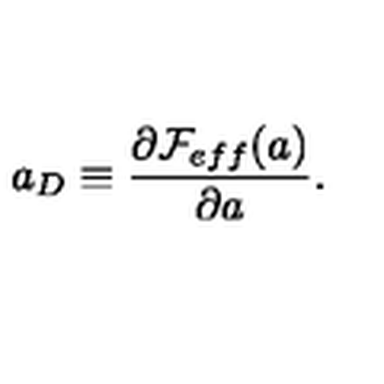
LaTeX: a _ { D } \equiv \frac { \partial { \cal F } _ { e f f } ( a ) } { \partial a } .